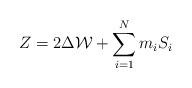
LaTeX: \begin{align*}Z=2\Delta{\cal W}+\sum_{i=1}^{N}m_{i}S_{i}\end{align*}